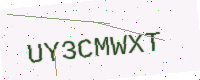
Text: UY3CMWXT